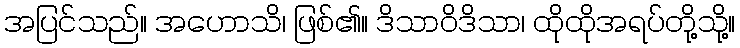
အပြင်သည်။ အဟောသိ၊ ဖြစ်၏။ ဒိသာဝိဒိသာ၊ ထိုထိုအရပ်တို့သို့။